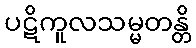
ပဋိကူလသမ္မတန္တိ